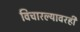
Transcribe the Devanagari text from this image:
विचारल्यावरही